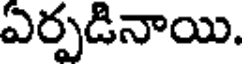
ఏర్పడినాయి.